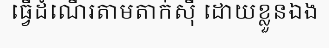
ធ្វើដំណើរតាមតាក់ស៊ី ដោយខ្លួនឯង